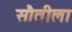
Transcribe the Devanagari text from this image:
सौतीला